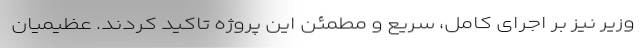
وزیر نیز بر اجرای کامل، سریع و مطمئن این پروژه تاکید کردند. عظیمیان